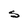
Character: S